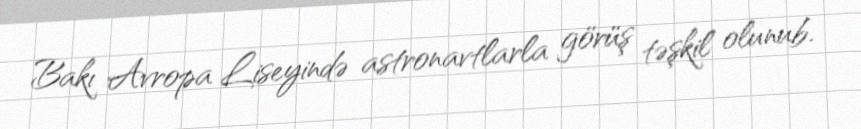
Bakı Avropa Liseyində astronavtlarla görüş təşkil olunub.